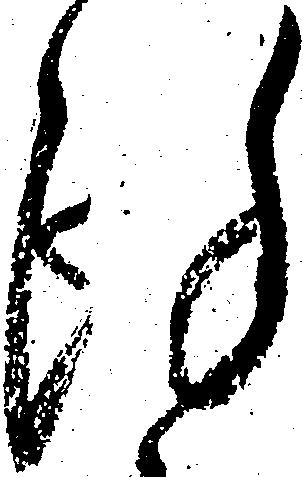
謹